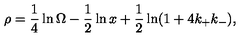
\rho = \frac { 1 } { 4 } \ln \Omega - \frac { 1 } { 2 } \ln x + \frac { 1 } { 2 } \ln ( 1 + 4 k _ { + } k _ { - } ) ,